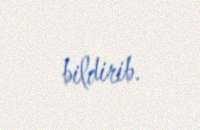
bildirib.